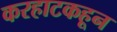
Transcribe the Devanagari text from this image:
करहाटकहून